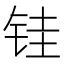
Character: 𫓯